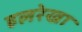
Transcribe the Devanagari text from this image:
हलरेखा